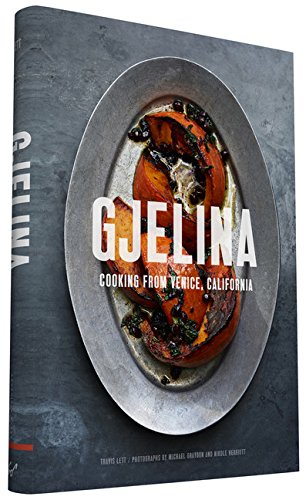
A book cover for Gjelina: Cooking from Venice, California; Travis Lett; Cookbooks, Food & Wine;